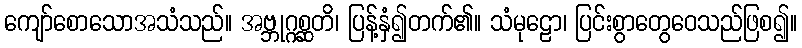
ကျော်စောသောအသံသည်။ အဗ္ဘုဂ္ဂစ္ဆတိ၊ ပြန့်နှံ၍တက်၏။ သံမုဠော၊ ပြင်းစွာတွေဝေသည်ဖြစ၍။